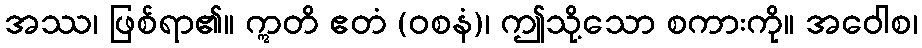
အဿ၊ ဖြစ်ရာ၏။ ဣတိ ဧတံ (ဝစနံ)၊ ဤသို့သော စကားကို။ အဝေါစ၊